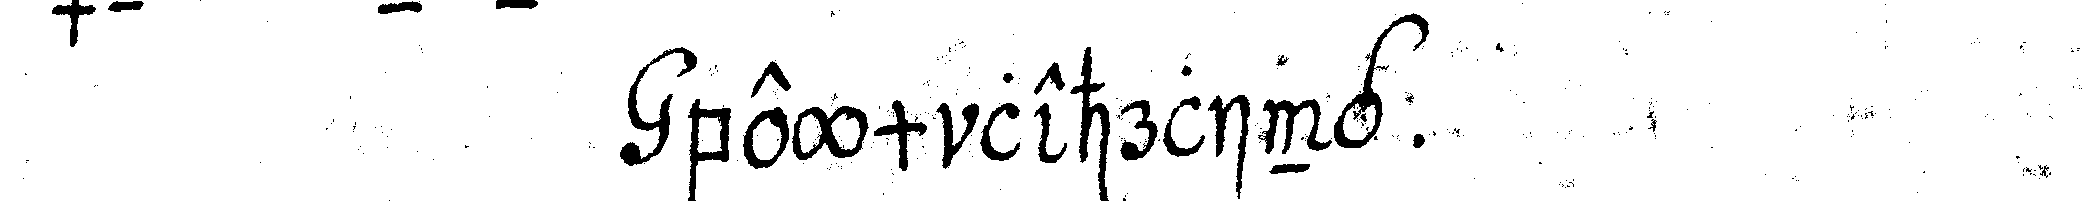
beym lehrling .